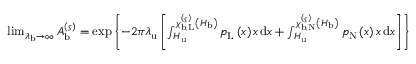
\begin{array} { r } { \operatorname* { l i m } _ { \lambda _ { \mathrm { b } } \rightarrow \infty } A _ { \mathrm { b } } ^ { \left( \varsigma \right) } = \exp \left\{ - 2 \pi \lambda _ { \mathrm { u } } \left[ \int _ { H _ { \mathrm { u } } } ^ { \chi _ { \mathrm { b } , \mathrm { L } } ^ { \left( \varsigma \right) } \left( H _ { \mathrm { b } } \right) } { p _ { \mathrm { L } } \left( x \right) x \, \mathrm { d } x } + \int _ { H _ { \mathrm { u } } } ^ { \chi _ { \mathrm { b } , \mathrm { N } } ^ { \left( \varsigma \right) } \left( H _ { \mathrm { b } } \right) } { p _ { \mathrm { N } } \left( x \right) x \, \mathrm { d } x } \right] \right\} } \end{array}